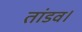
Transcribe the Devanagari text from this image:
तांडव।